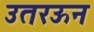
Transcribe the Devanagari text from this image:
उतरऊन